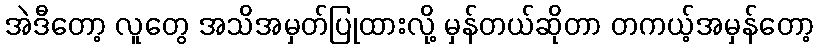
အဲဒီတော့ လူတွေ အသိအမှတ်ပြုထားလို့ မှန်တယ်ဆိုတာ တကယ့်အမှန်တော့